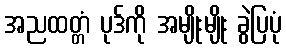
အညထတ္တံ ပုဒ်ကို အမျိုးမျိုး ခွဲပြပုံ